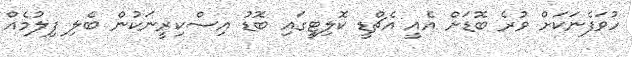
ހުވަފެނަކަށް ވުރެ ބޮޑަށް އެއީ އެޗްޑީ ކޮލިޓީގައި ބޮޑު އިސްކިރީނަކުން ބެލި ފިލުމެއް